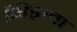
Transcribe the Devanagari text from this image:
भिड़ाता